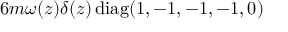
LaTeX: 6 m \omega ( z ) \delta ( z ) \, \mathrm { d i a g } ( 1 , - 1 , - 1 , - 1 , 0 )